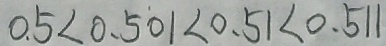
0 . 5 < 0 . 5 0 1 < 0 . 5 1 < 0 . 5 1 1